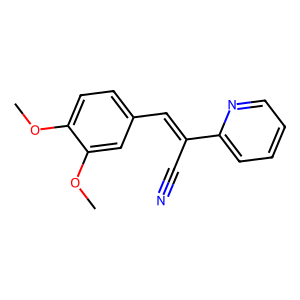
SMILES: COc1ccc(C=C(C#N)c2ccccn2)cc1OC
Inhibits HIV replication: No